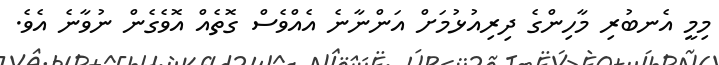
މިމީ އެނބުރި މާހިންގެ ދިރިއުޅުމަށް އަންނާނެ އެއްވެސް ގޮތެއް އޮވެގެން ނުވާނެ އެވެ.